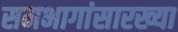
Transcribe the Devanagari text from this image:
समभागांसारख्या